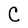
Character: C